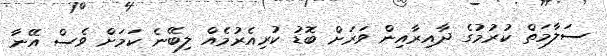
ސަލާމަތް ކުރުމުގެ ދާއިރާއިން ވަރަށް ބޮޑު ކުރިއެރުމެއް ލިބޭނެ ކަމަށް ވެސް އޭނާ